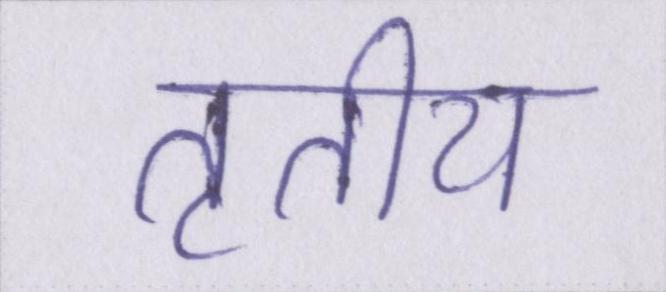
तृतीय